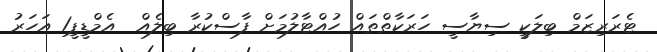
ޓެރަރިޒަމް ބިލަކީ ސިޔާސީ ހަރަކާތްތައް ހުއްޓާލުމަށް ފާސްކުރާ ބިލެއް  އެމްޑީޕީ1 އަހަރު